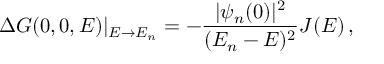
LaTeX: \Delta G ( 0 , 0 , E ) | _ { E \rightarrow E _ { n } } = - { \frac { | \psi _ { n } ( 0 ) | ^ { 2 } } { ( E _ { n } - E ) ^ { 2 } } } J ( E ) \, ,